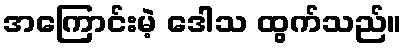
အကြောင်းမဲ့ ဒေါသ ထွက်သည်။